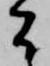
間